Civil Veterinary Department Bihar & Orissa reports 1911-21 - 1911-1921
Year: 1911
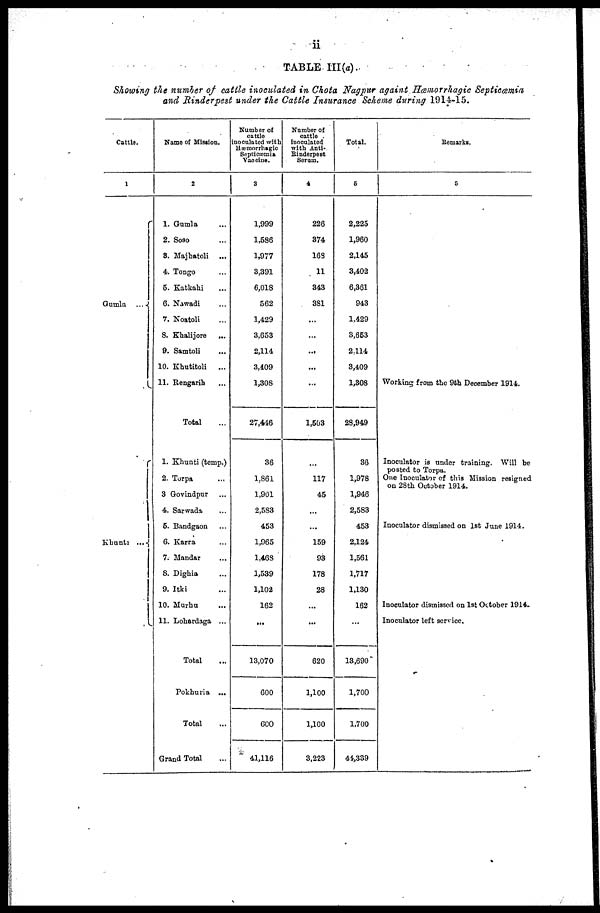
ii
TABLE III(a).
Showing the number of cattle inoculated in Chota Nagpur againt Hæmorrhagic Septicæmia
and Rinderpest under the Cattle Insurance Scheme during 1914-15.
Cattle.
1
Gumla
...
Khunti ...
Name of Mission.
2
1. Gumla ...
2. Soso ...
S. Majhatoli
...
4. Tongo ...
5. Katkahi ...
6. Nawadi ...
7. Noatoli ...
S. Khalijore
...
9. Samtoli ...
10. Khutitoli
...
11. Rengarih ...
Total ...
1. Khunti (temp.)
2. Torpa ...
3 Govindpur ...
4. Sarwada ...
6. Bandgaon ...
6. Karra ...
7.Mandar ...
S. Dighia ...
9. Itki ...
10. Murhu ...
11. Lohardaga ...
Total ...
Pokhuria
...
Total ...
Grand Total ...
Number of
cattle
inoculated with
Hæmorrhagic
Septicæmia
Vacciue.
3
1,999
1,536
1,977
3,391
6,018
562
1,429
3,653
2,114
3.409
1,308
27,446
36
1..S61
1,901
2,583
453
1,965
1,463
1,539
1,102
162
...
13,070
600
600
41,116
Number of
cattlo.
iuoculated
with Anti-
Rinderpest
Serum.
4
226
374
16S
11
343
381
...
...
...
...
...
1,503
...
117
45
...
...
159
93
178
28
...
...
620
1,100
1,100
3,223
Total.
5
2,225
1,960
2,145
3,402
6,361
943
1,429
3,653
2 : 114
3,409
1,308
28,949
36
1,978
1,946
2,583
453
2,124
1,561
1,717
1,130
162
...
13,690
1,700
1,700
41,339
Remarks.
6
Working from the 9th December 1914.
Inoculator is under training. Will be
posted to Torpa.
One Inoculator of this Mission resigned
on 28th October 1914.
Inoculator dismissed on 1st June 1914.
Inoculator dismissed on 1st October 1914.
Inoculator left service.